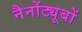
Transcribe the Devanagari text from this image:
नैनोंट्यूबों